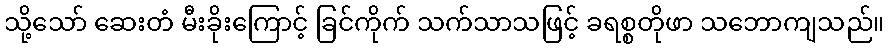
သို့သော် ဆေးတံ မီးခိုးကြောင့် ခြင်ကိုက် သက်သာသဖြင့် ခရစ္စတိုဖာ သဘောကျသည်။